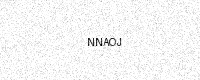
Text: NNAOJ